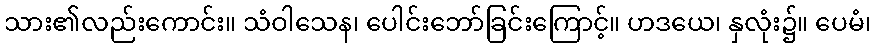
သား၏လည်းကောင်း။ သံဝါသေန၊ ပေါင်းဘော်ခြင်းကြောင့်။ ဟဒယေ၊ နှလုံး၌။ ပေမံ၊